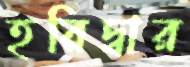
হরিদ্বার